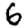
Digit: 6